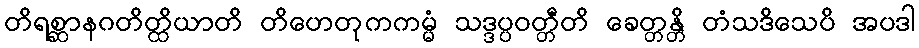
တိရစ္ဆာနဂတိတ္ထိယာတိ တိဟေတုကကမ္မံ သဒ္ဒပ္ပဝတ္တီတိ ခေတ္တန္တိ တံသဒိသေပိ အပဒါ